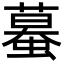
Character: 蟇